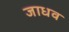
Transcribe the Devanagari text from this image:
जाधव